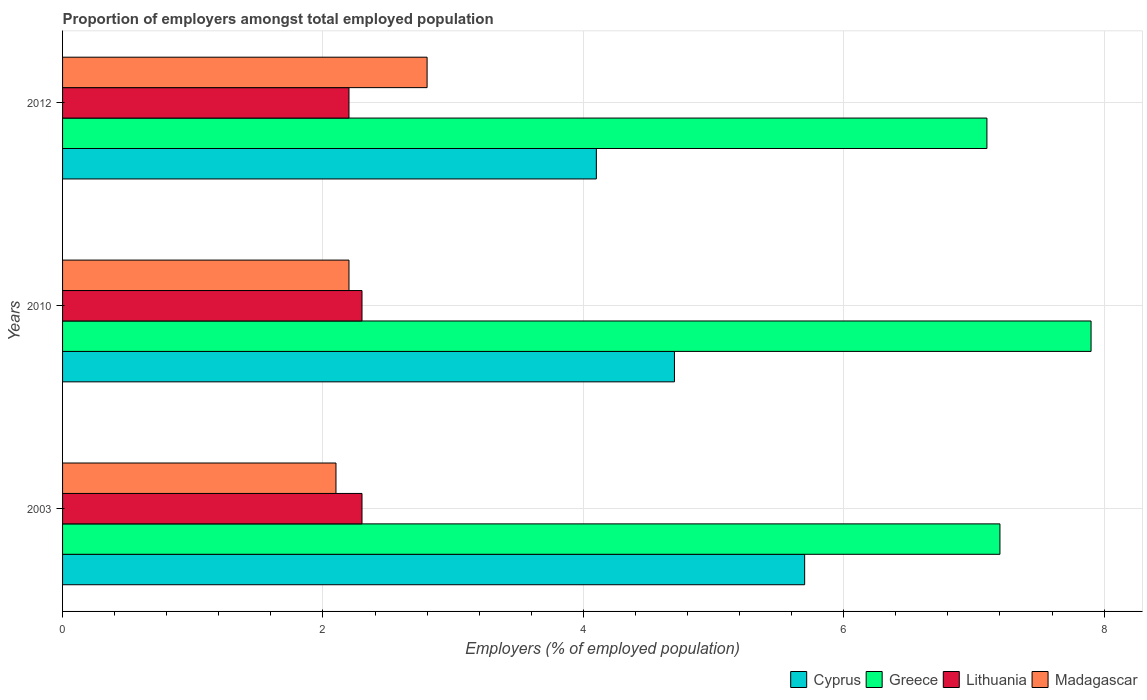
| Years | Cyprus | Greece | Lithuania | Madagascar |
 | --- | --- | --- | --- | --- |
 | 2003 | 5.7 | 7.2 | 2.3 | 2.1 |
 | 2010 | 4.7 | 7.9 | 2.3 | 2.2 |
 | 2012 | 4.1 | 7.1 | 2.2 | 2.8 |